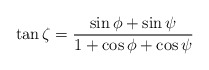
\begin{align*}\tan\zeta=\frac{\sin\phi+\sin\psi}{1+\cos\phi+\cos\psi}\end{align*}